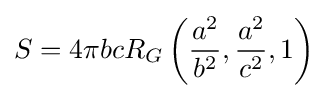
S=4\pi bcR_{G}\left({\frac {a^{2}}{b^{2}}},{\frac {a^{2}}{c^{2}}},1\right)